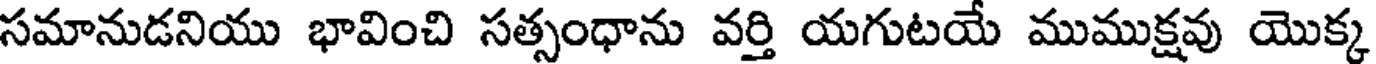
సమానుడనియు భావించి సత్సంధాను వర్తి యగుటయే ముముక్షవు యొక్క